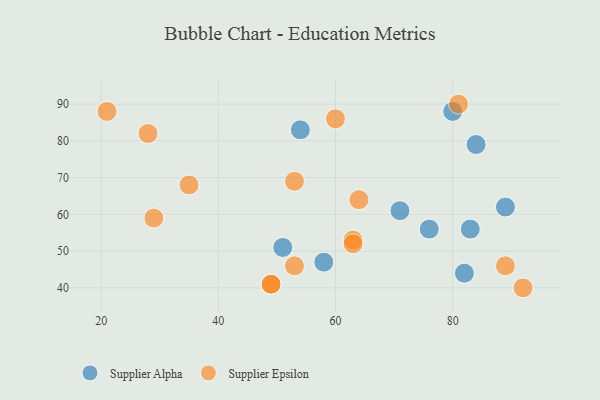
{"axis": {"x": "GDP", "y": "Life Expectancy"}, "legend": ["Supplier Alpha", "Supplier Epsilon"], "data": [{"x": "84", "y": 79, "type": "Supplier Alpha"}, {"x": "58", "y": 47, "type": "Supplier Alpha"}, {"x": "82", "y": 44, "type": "Supplier Alpha"}, {"x": "54", "y": 83, "type": "Supplier Alpha"}, {"x": "76", "y": 56, "type": "Supplier Alpha"}, {"x": "89", "y": 62, "type": "Supplier Alpha"}, {"x": "80", "y": 88, "type": "Supplier Alpha"}, {"x": "51", "y": 51, "type": "Supplier Alpha"}, {"x": "71", "y": 61, "type": "Supplier Alpha"}, {"x": "83", "y": 56, "type": "Supplier Alpha"}, {"x": "63", "y": 53, "type": "Supplier Epsilon"}, {"x": "64", "y": 64, "type": "Supplier Epsilon"}, {"x": "49", "y": 41, "type": "Supplier Epsilon"}, {"x": "92", "y": 40, "type": "Supplier Epsilon"}, {"x": "81", "y": 90, "type": "Supplier Epsilon"}, {"x": "35", "y": 68, "type": "Supplier Epsilon"}, {"x": "29", "y": 59, "type": "Supplier Epsilon"}, {"x": "60", "y": 86, "type": "Supplier Epsilon"}, {"x": "21", "y": 88, "type": "Supplier Epsilon"}, {"x": "28", "y": 82, "type": "Supplier Epsilon"}, {"x": "49", "y": 41, "type": "Supplier Epsilon"}, {"x": "89", "y": 46, "type": "Supplier Epsilon"}, {"x": "63", "y": 52, "type": "Supplier Epsilon"}, {"x": "53", "y": 46, "type": "Supplier Epsilon"}, {"x": "53", "y": 69, "type": "Supplier Epsilon"}]}